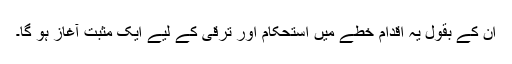
ان کے بقول یہ اقدام خطے میں استحکام اور ترقی کے لیے ایک مثبت آغاز ہو گا۔